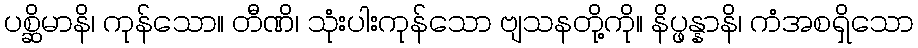
ပစ္ဆိမာနိ၊ ကုန်သော။ တီဏိ၊ သုံးပါးကုန်သော ဗျသနတို့ကို။ နိပ္ဖန္နာနိ၊ ကံအစရှိသော